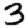
Digit: 3